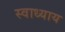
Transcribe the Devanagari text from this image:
स्‍वाध्‍याय